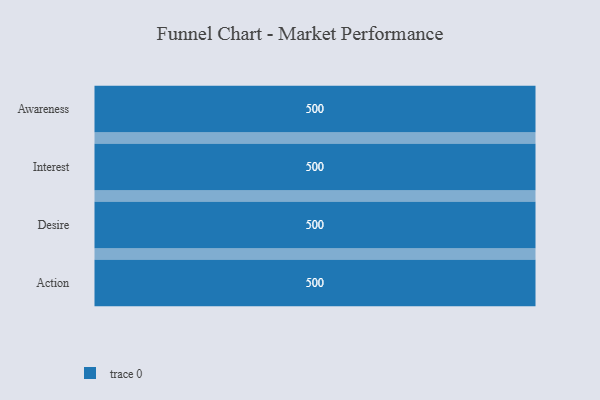
{"axis": {"x": "Stage", "y": "Value"}, "legend": [""], "data": [{"x": "Awareness", "y": 500, "type": ""}, {"x": "Interest", "y": 500, "type": ""}, {"x": "Desire", "y": 500, "type": ""}, {"x": "Action", "y": 500, "type": ""}]}